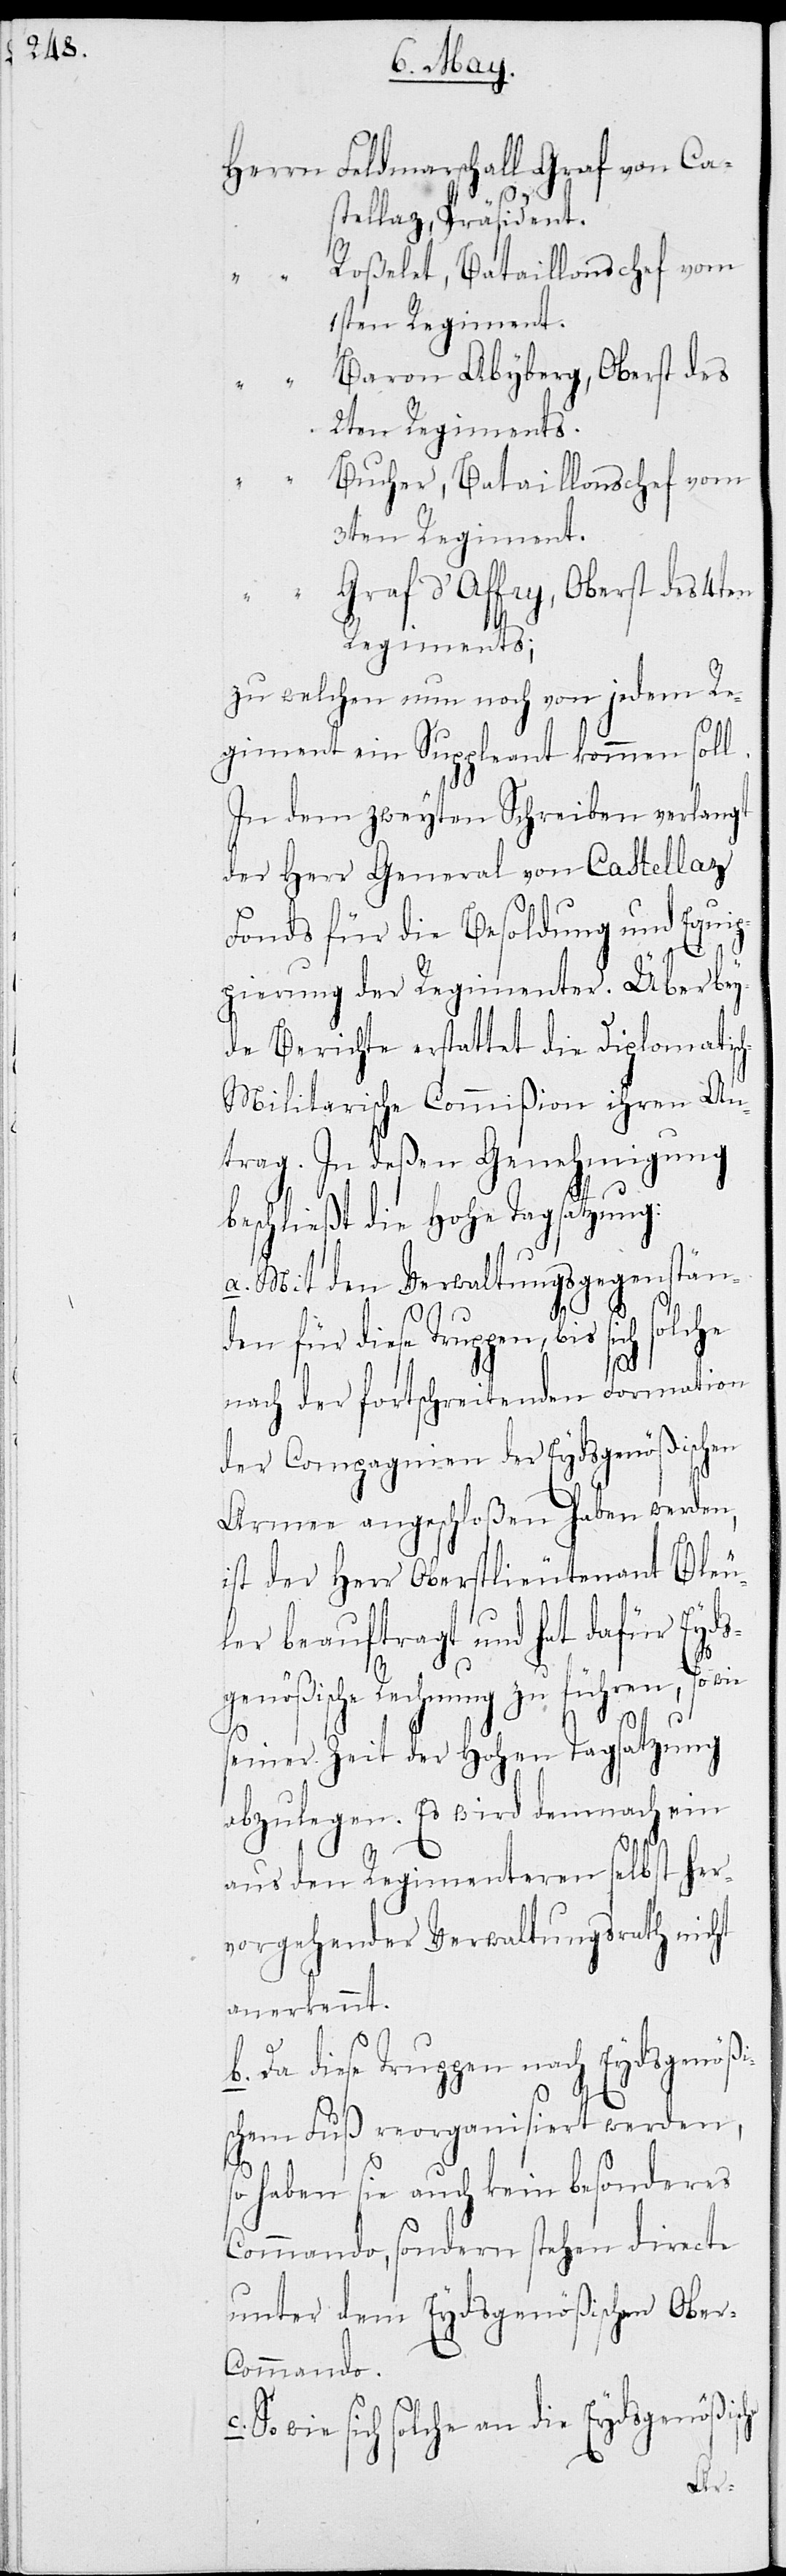
Herrn Feldmarschall Graf von Ca¬
stellaz, Präsident.
„ Roßelet, Bataillonschef vom
1sten Regiment.
„ Baron Abyberg, Oberst des
2ten Regiments.
Bucher, Bataillonschef vom
3ten Regiment.
„
Graf d’Affry, Oberst des 4ten
Regiments;
zu welchem nun noch von jedem Re¬
giment ein Suppleant kommen soll.
In dem zweyten Schreiben verlangt
der Herr General von Castellaz
Fonds für die Besoldung und Equi¬
pierung der Regimenter. Über bey¬
de Berichte erstattet die Diplomatisc¬
h-Militarische Commißion ihren An¬
trag. In deßen Genehmigung
beschließt die Hohe Tagsatzung:
a. Mit den Verwaltungsgegenstän¬
den für diese Truppen, bis sich
che
nach der fortschreitenden Formation
der Compagnien der Eydsgenößischen
Armee angeschloßen haben werden,
ist der Herr Oberstlieutenant Bleu¬
ler beauftragt und hat dafür Eyds¬
genößische Rechnung zu führen, so
seiner Zeit der Hohen Tagsatzung
abzulegen. Es wird demnach ein
aus den Regimenteren selbst her¬
vorgehender Verwaltungsrath nicht
anerkannt.
b. Da diese Truppen nach Eydsgenößi¬
schem Fuß reorganisiert werden,
c.
o haben sie auch kein besonderes
Commando, sondern stehen directe
unter dem Eydsgenößischen Obe¬
r-Commando.
wie sich solche an die Eydsgenößis¬
Ar-